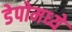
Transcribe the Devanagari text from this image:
डेपोमध्ये